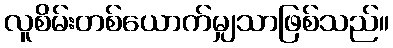
လူစိမ်းတစ်ယောက်မျှသာဖြစ်သည်။